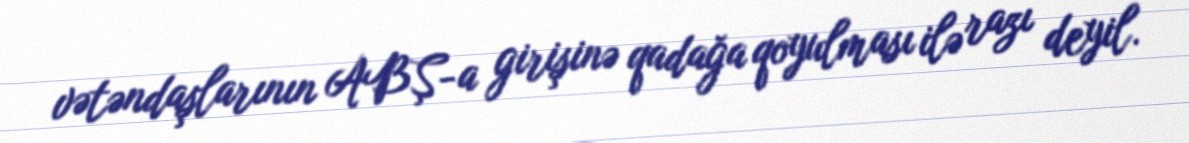
vətəndaşlarının ABŞ-a girişinə qadağa qoyulması ilə razı deyil.